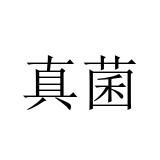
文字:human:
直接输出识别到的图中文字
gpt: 真菌